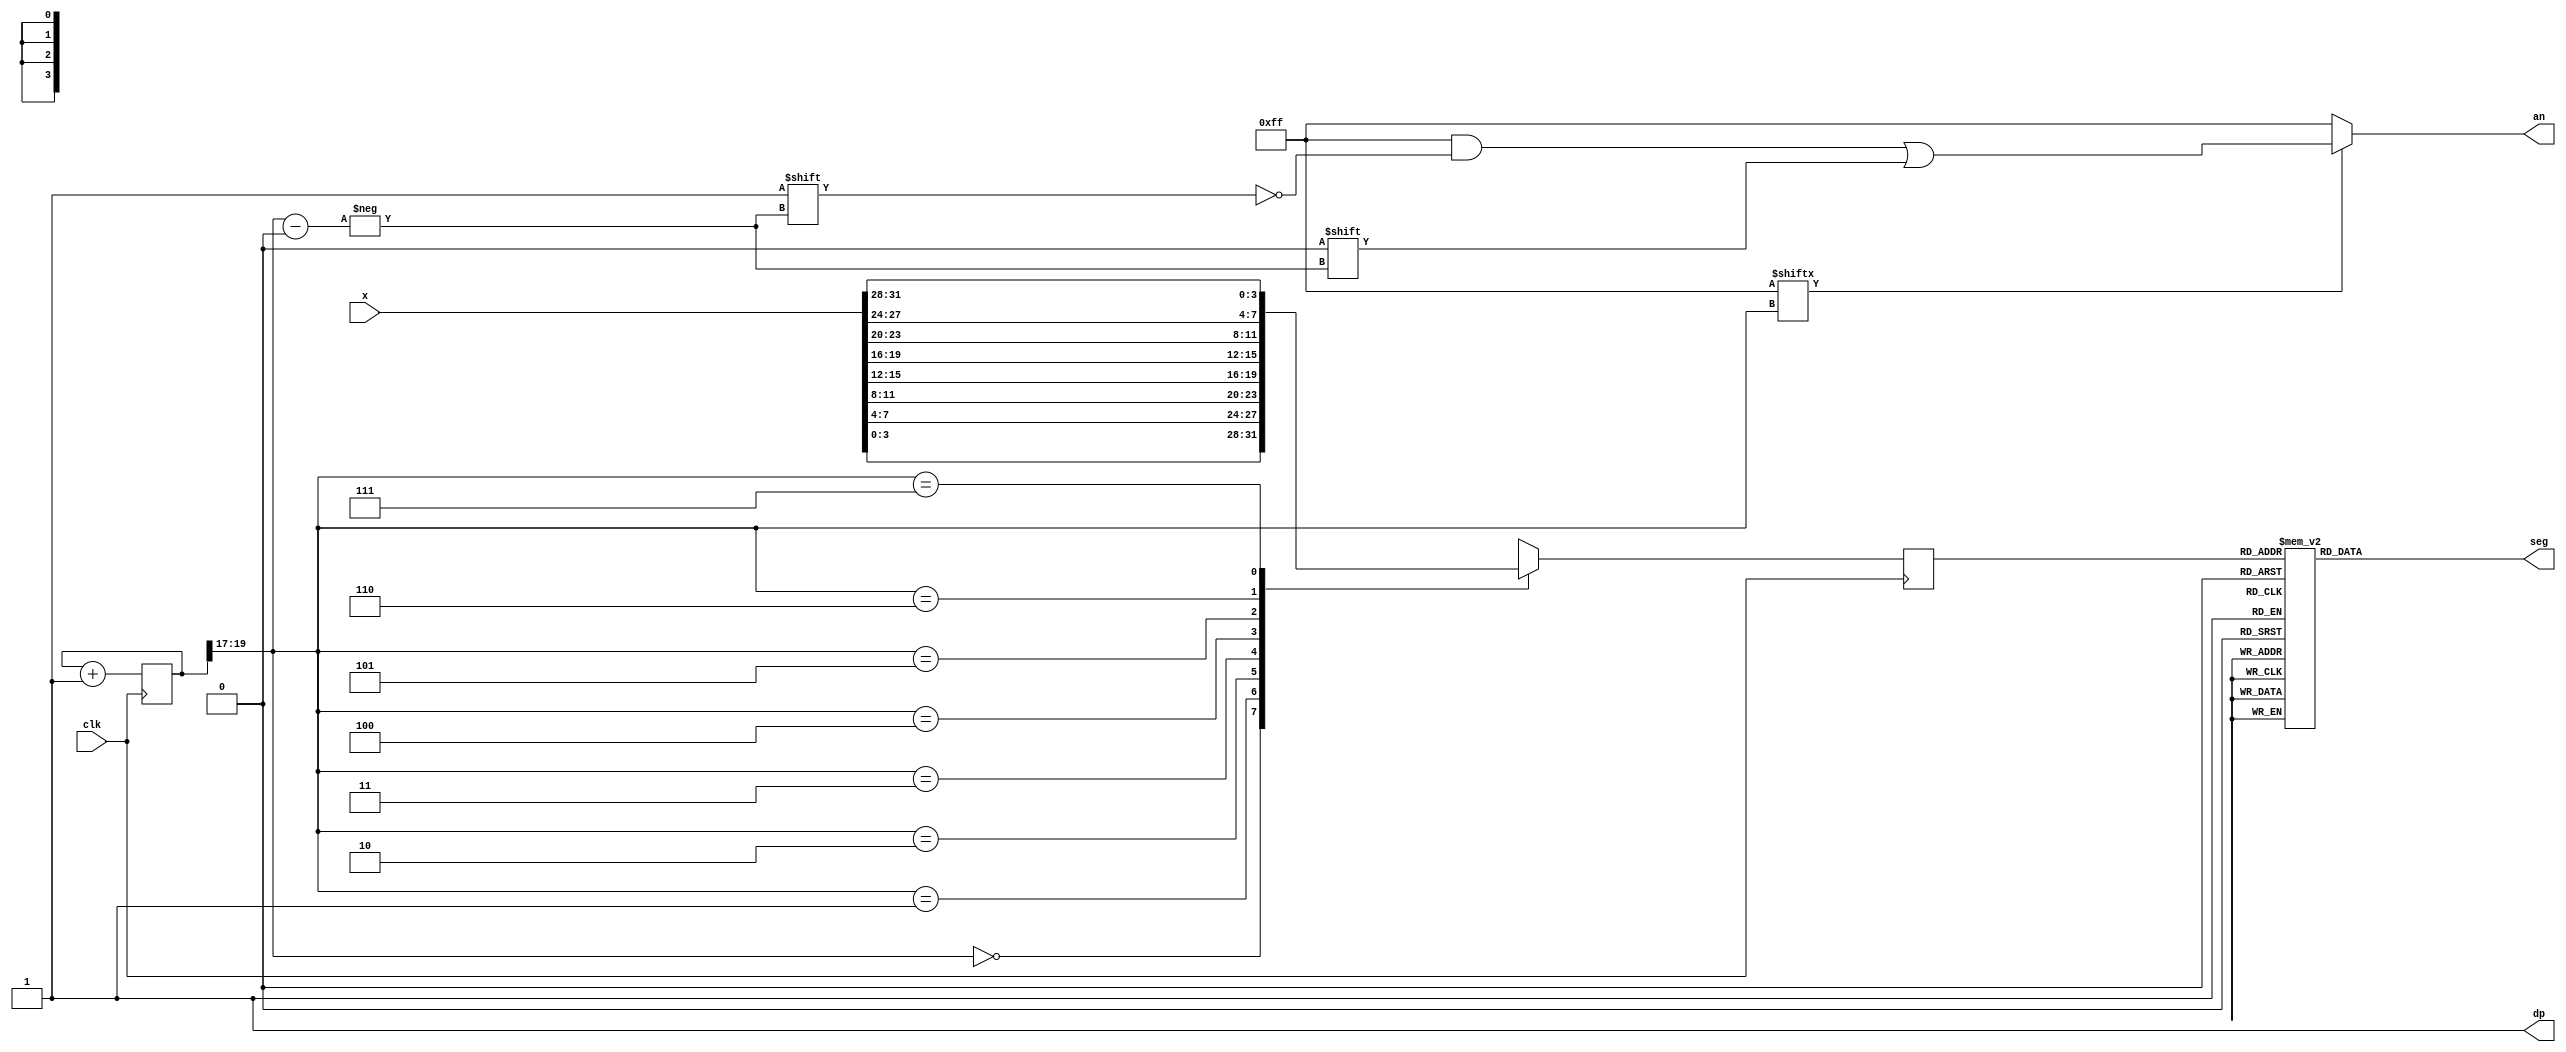
`timescale 1ns / 1ps
//////////////////////////////////////////////////////////////////////////////////
// Company: BU
// 
// Module Name:    seg_display 
// Project Name: Lab 1 - ALU and Microprocessor Design and implementation
// Target Devices: Nexys3 Spartan 6
// Revision 0.01 - File Created
// Description: 
//
// This file updates the 7 segment display on the Nexys3
//
//////////////////////////////////////////////////////////////////////////////////
module seg_display(
//   input  wire        clk,   // Should be 100 MHz (10 ns)
//   input  wire [15:0] value, // 16 bit value to be displayed
//   output reg  [7:0]  seg,
//   output reg  [3:0]  an
//   );

//	// Clock Variables
//	reg [13:0] counter;
//	reg clk_seg;
	
//	// Digit to update
//	reg [1:0] digit;
	 
	
//	// Divide the clock to 10kHz
//	// After experimentation, this rate made the 7 Segment LEDs look best
//	always @ (posedge clk) begin
//		if (counter == 10000) begin
//			counter <= 0;
//			clk_seg <= !clk_seg;
//		end else begin
//			counter <= counter + 1'b1;
//		end
//	end

//	always @ (posedge clk_seg) begin
//		digit = digit + 1'b1;
//		if (digit == 0) begin
//			an = 4'b0111;
//			display_digit(value[15:12]);
//		end else if (digit == 1) begin
//			an = 4'b1011;
//			display_digit(value[11:8]);
//		end else if (digit == 2) begin
//			an = 4'b1101;
//			display_digit(value[7:4]);
//		end else begin
//			an = 4'b1110;	
//			display_digit(value[3:0]);
//		end
//	end
	
//	task display_digit;
//		input [3:0] d;
//		begin
//			case (d)
//				0:  seg <= 8'b11000000;
//                1:  seg <= 8'b11111001;
//                2:  seg <= 8'b10100100;
//                3:  seg <= 8'b10110000;
//                4:  seg <= 8'b10011001;
//                5:  seg <= 8'b10010010;
//                6:  seg <= 8'b10000010;
//                7:  seg <= 8'b11111000;
//                8:  seg <= 8'b10000000;
//				9:  seg <= 8'b10010000;
//				10: seg <= 8'b10001000;  // A
//				11: seg <= 8'b00000000;  // B
//				12: seg <= 8'b11000110;  // C
//				13: seg <= 8'b01000000;  // D
//				14: seg <= 8'b10000110;  // E
//				15: seg <= 8'b10001110;  // F
//			endcase
//		end
//	endtask
 input [31:0] x,
    input clk,
    output reg [6:0] seg,
    output reg [7:0] an,
    output wire dp 
	 );
	 
	 
wire [2:0] s;	 
reg [3:0] digit;
wire [7:0] aen;
reg [19:0] clkdiv;

assign dp = 1;
assign s = clkdiv[19:17];
assign aen = 8'b11111111; // all turned off initially

// quad 4to1 MUX.


always @(posedge clk)// or posedge clr)
	
	case(s)
	0:digit = x[3:0]; // s is 00 -->0 ;  digit gets assigned 4 bit value assigned to x[3:0]
	1:digit = x[7:4]; // s is 01 -->1 ;  digit gets assigned 4 bit value assigned to x[7:4]
	2:digit = x[11:8]; // s is 10 -->2 ;  digit gets assigned 4 bit value assigned to x[11:8
	3:digit = x[15:12]; // s is 11 -->3 ;  digit gets assigned 4 bit value assigned to x[15:12]
	4:digit = x[19:16]; // s is 00 -->0 ;  digit gets assigned 4 bit value assigned to x[3:0]
    5:digit = x[23:20]; // s is 01 -->1 ;  digit gets assigned 4 bit value assigned to x[7:4]
    6:digit = x[27:24]; // s is 10 -->2 ;  digit gets assigned 4 bit value assigned to x[11:8
    7:digit = x[31:28]; // s is 11 -->3 ;  digit gets assigned 4 bit value assigned to x[15:12]

	default:digit = x[3:0];
	
	endcase
	
	//decoder or truth-table for 7seg display values
	always @(*)

case(digit)


//////////<---MSB-LSB<---
//////////////gfedcba////////////////////////////////////////////           a
0:seg = 7'b1000000;////0000												   __					
1:seg = 7'b1111001;////0001												f/	  /b
2:seg = 7'b0100100;////0010												  g
//                                                                       __	
3:seg = 7'b0110000;////0011										 	 e /   /c
4:seg = 7'b0011001;////0100										       __
5:seg = 7'b0010010;////0101                                            d  
6:seg = 7'b0000010;////0110
7:seg = 7'b1111000;////0111
8:seg = 7'b0000000;////1000
9:seg = 7'b0010000;////1001
'hA:seg = 7'b0001000; 
'hB:seg = 7'b0000011; 
'hC:seg = 7'b1000110;
'hD:seg = 7'b0100001;
'hE:seg = 7'b0000110;
'hF:seg = 7'b0001110;

default: seg = 7'b0000000; // U

endcase


always @(*)begin
an=8'b11111111;
if(aen[s] == 1)
an[s] = 0;
end


//clkdiv

always @(posedge clk) begin
clkdiv <= clkdiv+1;
end

endmodule